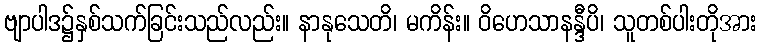
ဗျာပါဒ၌နှစ်သက်ခြင်းသည်လည်း။ နာနုသေတိ၊ မကိန်း။ ဝိဟေသာနန္ဒီပိ၊ သူတစ်ပါးတိုအား